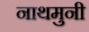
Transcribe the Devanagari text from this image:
नाथमुनी